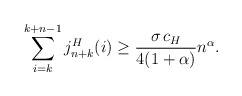
\begin{align*} \sum\limits_{i=k}^{k+n-1} j_{n+k}^H(i)\geq \frac{\sigma\,c_H}{4(1+\alpha)}n^{\alpha} .\end{align*}